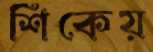
শিকেয়